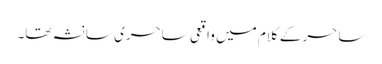
ساحر کے کلام میں واقعی ساحری سا نشہ تھا۔